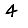
Digit: 4